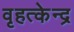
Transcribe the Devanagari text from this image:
वृहत्केन्द्र